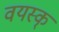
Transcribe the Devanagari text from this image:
वयस्क्